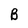
Character: B